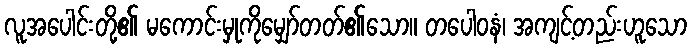
လူအပေါင်းတို့၏ မကောင်းမှုကိုမျှော်တတ်၏သော။ တပေါဝနံ၊ အကျင့်တည်းဟူသော